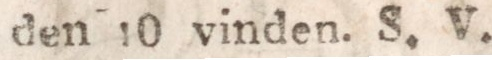
den 10 vinden. S. V.